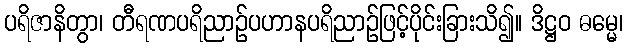
ပရိဇာနိတွာ၊ တီရဏပရိညာဉ်ပဟာနပရိညာဉ်ဖြင့်ပိုင်းခြားသိ၍။ ဒိဋ္ဌဝ ဓမ္မေ၊